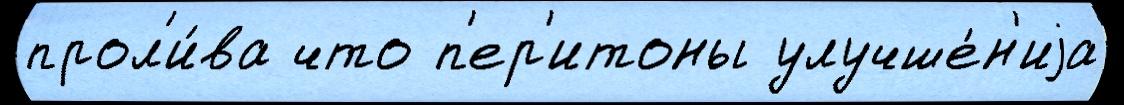
прол'и́ва что п'ер'итоны улучше́н'иjа